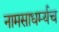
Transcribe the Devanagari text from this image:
नामसाधर्म्यच